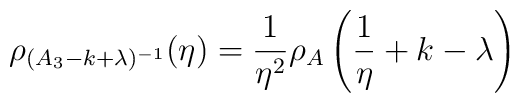
\rho_{(A_3 -k+\lambda )^{-1} } (\eta ) = \frac{1}{\eta^{2} }\rho_{A} \left(\frac{1}{\eta } +k-\lambda \right)